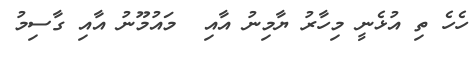
ހެހެ ތި އުޅެނީ މިހާރު ޔާމިނު އާއި  މައުމޫނު އާއި ގާސިމު